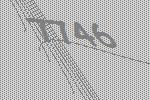
7746